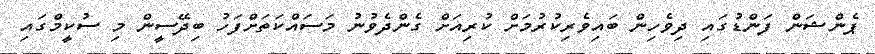
ޕެންޝަން ފަންޑުގައި ދިވެހިން ބައިވެރިކުރުމަށް ކުރިއަށް ގެންދެވުނު މަސައްކަތަށްފަހު ބިދޭސީން މި ސުކީމްގައި